342_HS1-416511228_319.1 Flying Discs 1949
Agency: Department of War
Incident date: 1/9/50
Page 12
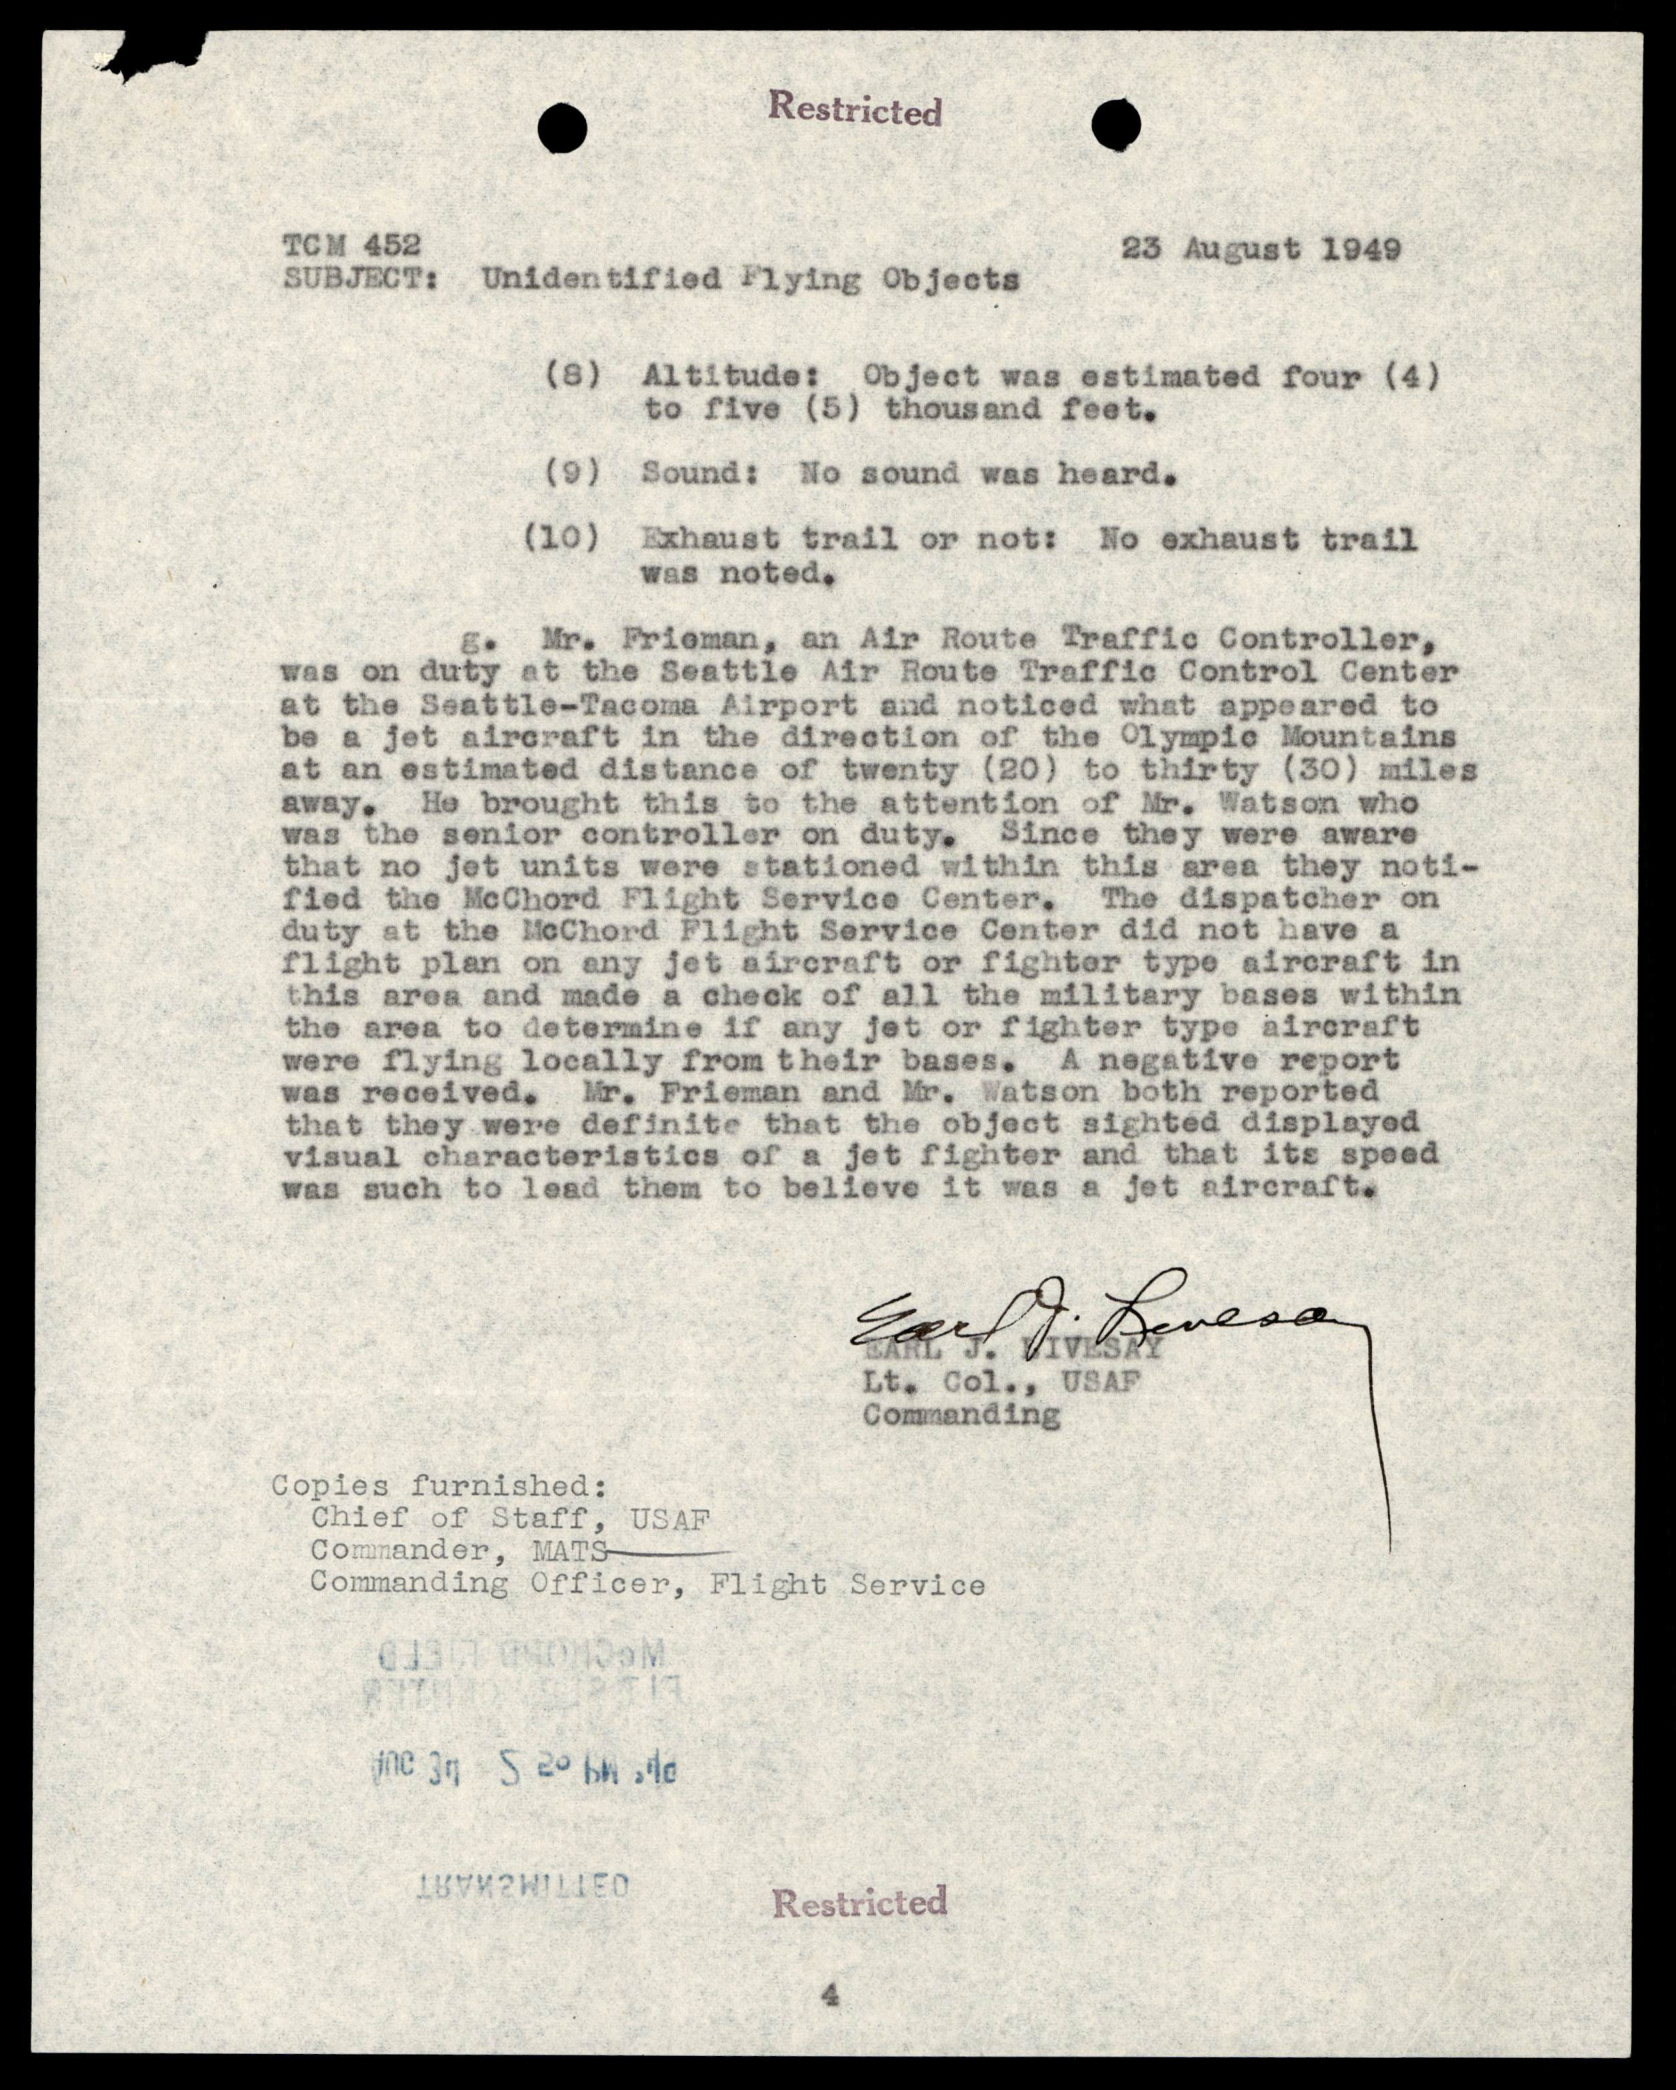